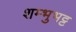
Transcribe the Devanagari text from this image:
शम्भुभट्ट